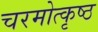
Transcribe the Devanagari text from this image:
चरमोत्कृष्ठ